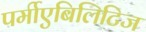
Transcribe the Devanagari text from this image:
पर्मीएबिलिटिज